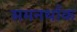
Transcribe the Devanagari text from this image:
समनर्थाक